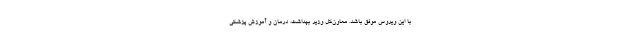
با این ویروس موفق باشد. معاون‌کل وزیر بهداشت، درمان و آموزش پزشکی